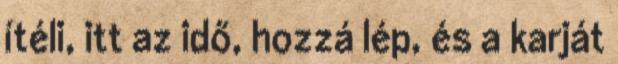
ítéli, itt az idő, hozzá lép, és a karját